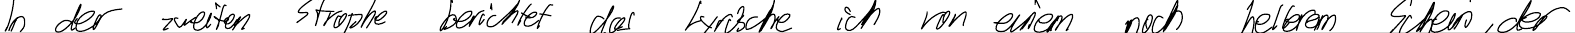
In der zweiten Strophe berichtet das Lyrische ich von einem noch helleren Schein, der